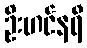
ဦးဟင်နရီ